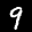
Label: 9